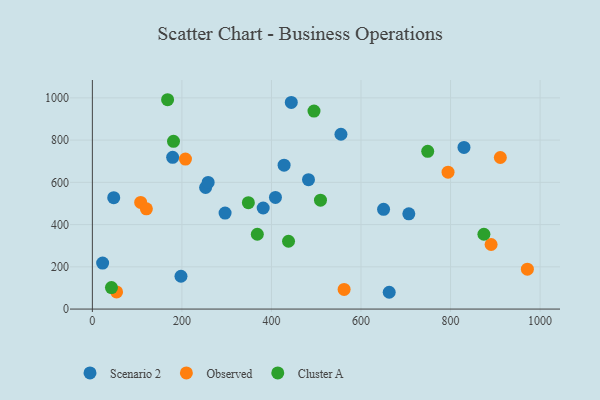
{"axis": {"x": "Experience", "y": "Salary"}, "legend": ["Cluster A", "Observed", "Scenario 2"], "data": [{"x": "428.2", "y": 681.4, "type": "Scenario 2"}, {"x": "197.9", "y": 155.3, "type": "Scenario 2"}, {"x": "650.4", "y": 472.2, "type": "Scenario 2"}, {"x": "252.9", "y": 575.7, "type": "Scenario 2"}, {"x": "830.0", "y": 765.5, "type": "Scenario 2"}, {"x": "47.7", "y": 527.6, "type": "Scenario 2"}, {"x": "482.7", "y": 612.6, "type": "Scenario 2"}, {"x": "22.9", "y": 217.9, "type": "Scenario 2"}, {"x": "663.0", "y": 79.5, "type": "Scenario 2"}, {"x": "706.8", "y": 450.9, "type": "Scenario 2"}, {"x": "258.6", "y": 599.6, "type": "Scenario 2"}, {"x": "381.5", "y": 478.5, "type": "Scenario 2"}, {"x": "555.2", "y": 827.7, "type": "Scenario 2"}, {"x": "296.4", "y": 454.4, "type": "Scenario 2"}, {"x": "444.3", "y": 978.6, "type": "Scenario 2"}, {"x": "408.9", "y": 528.6, "type": "Scenario 2"}, {"x": "179.3", "y": 718.3, "type": "Scenario 2"}, {"x": "911.2", "y": 717.7, "type": "Observed"}, {"x": "207.9", "y": 710.3, "type": "Observed"}, {"x": "54.1", "y": 81.2, "type": "Observed"}, {"x": "107.9", "y": 505.0, "type": "Observed"}, {"x": "794.4", "y": 648.0, "type": "Observed"}, {"x": "562.3", "y": 93.0, "type": "Observed"}, {"x": "890.6", "y": 305.6, "type": "Observed"}, {"x": "120.6", "y": 474.6, "type": "Observed"}, {"x": "971.6", "y": 188.7, "type": "Observed"}, {"x": "168.0", "y": 991.2, "type": "Cluster A"}, {"x": "495.0", "y": 937.3, "type": "Cluster A"}, {"x": "874.5", "y": 354.2, "type": "Cluster A"}, {"x": "348.4", "y": 503.8, "type": "Cluster A"}, {"x": "438.1", "y": 321.0, "type": "Cluster A"}, {"x": "509.5", "y": 515.4, "type": "Cluster A"}, {"x": "368.4", "y": 354.2, "type": "Cluster A"}, {"x": "42.6", "y": 101.8, "type": "Cluster A"}, {"x": "181.2", "y": 794.1, "type": "Cluster A"}, {"x": "749.0", "y": 746.7, "type": "Cluster A"}]}